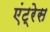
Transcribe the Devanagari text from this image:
एंट्रेस